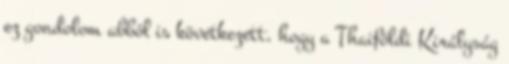
ez gondolom abból is következett, hogy a Thaiföldi Királyság